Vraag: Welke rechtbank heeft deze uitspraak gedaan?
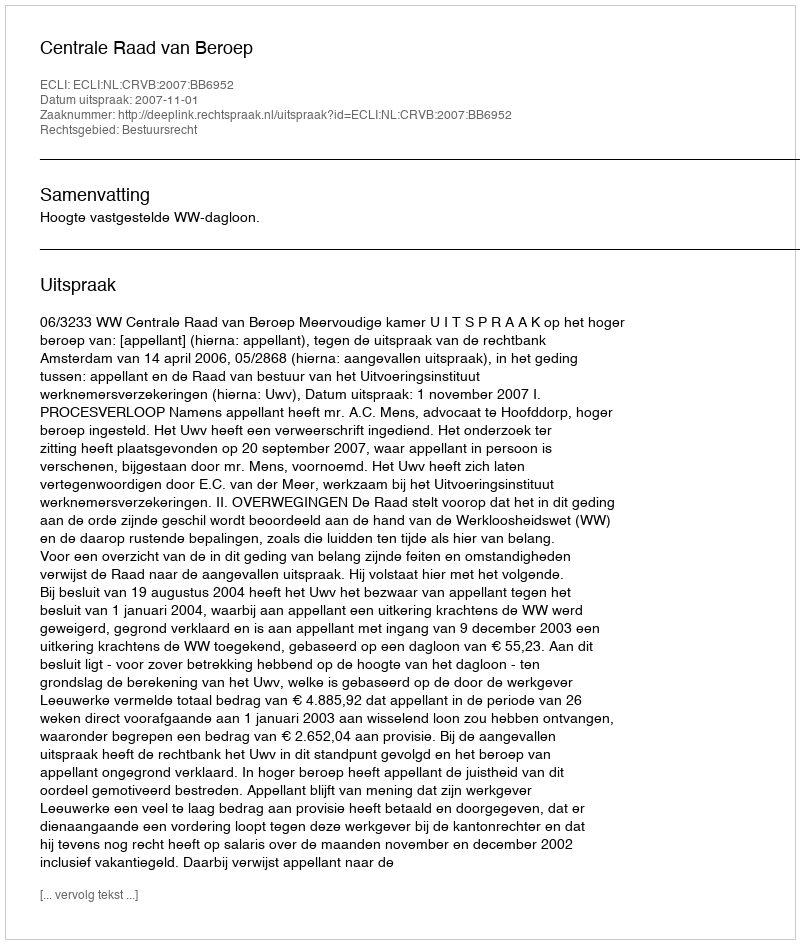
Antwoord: Centrale Raad van Beroep